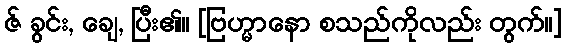
ဇ် ခွင်း, ချေ, ပြီး၏။ [ဗြဟ္မာနော စသည်ကိုလည်း တွက်၊၊]